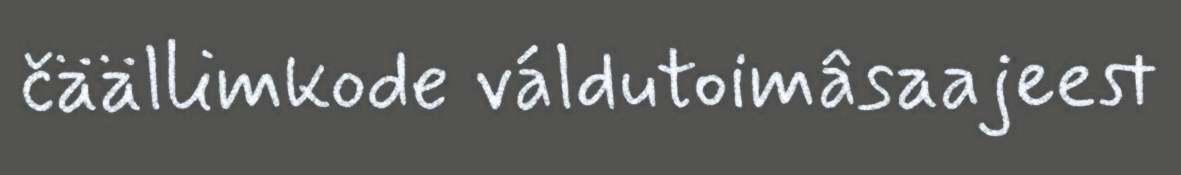
čäällimkode váldutoimâsaajeest